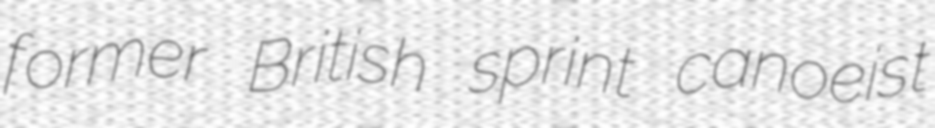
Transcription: former British sprint canoeist